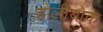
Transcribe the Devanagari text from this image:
होलीयोक